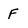
Character: F